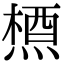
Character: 𪳝